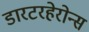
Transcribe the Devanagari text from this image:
डारटरहेरोन्स